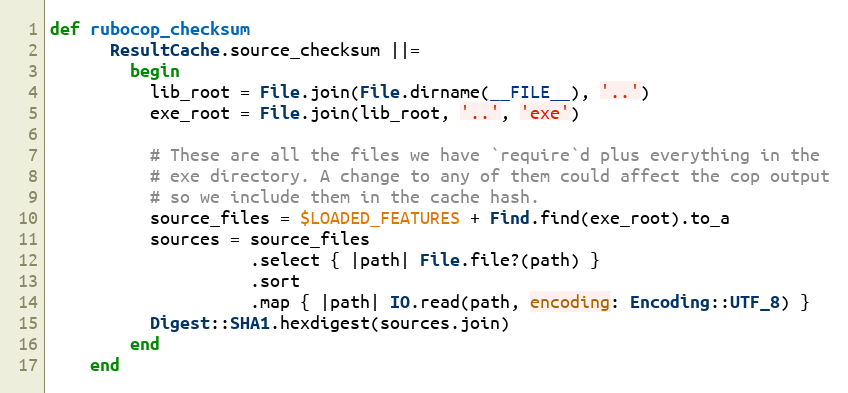
Language: Ruby
def rubocop_checksum
      ResultCache.source_checksum ||=
        begin
          lib_root = File.join(File.dirname(__FILE__), '..')
          exe_root = File.join(lib_root, '..', 'exe')

          # These are all the files we have `require`d plus everything in the
          # exe directory. A change to any of them could affect the cop output
          # so we include them in the cache hash.
          source_files = $LOADED_FEATURES + Find.find(exe_root).to_a
          sources = source_files
                    .select { |path| File.file?(path) }
                    .sort
                    .map { |path| IO.read(path, encoding: Encoding::UTF_8) }
          Digest::SHA1.hexdigest(sources.join)
        end
    end